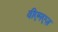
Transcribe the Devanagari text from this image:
वीएमएज़